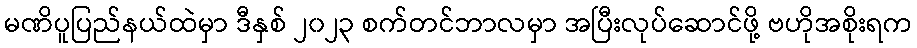
မဏိပူပြည်နယ်ထဲမှာ ဒီနှစ် ၂၀၂၃ စက်တင်ဘာလမှာ အပြီးလုပ်ဆောင်ဖို့ ဗဟိုအစိုးရက